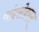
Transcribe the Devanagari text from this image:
चंद्रसेकरन